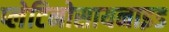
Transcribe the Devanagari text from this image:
प्लेटिनोसायनाइड